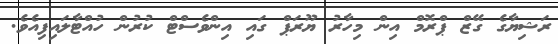
ރަޝިޔާގެ ގޭޒް ޕްރޮމް އިން މިހާރު ޔޫރަޕް ގައި އިންވެސްޓް ކުރުން ހުއްޓާލައިފިއެވެ.